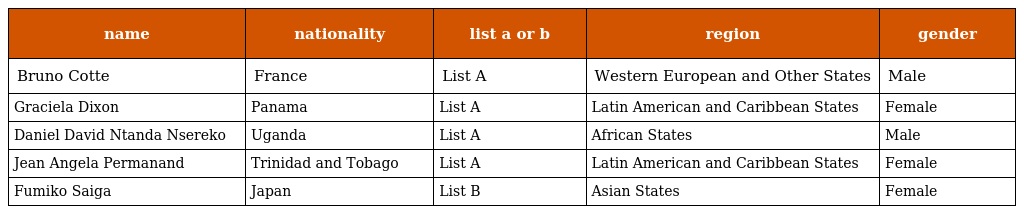
| name | nationality | list a or b | region | gender |
 | --- | --- | --- | --- | --- |
 | Bruno Cotte | France | List A | Western European and Other States | Male |
 | Graciela Dixon | Panama | List A | Latin American and Caribbean States | Female |
 | Daniel David Ntanda Nsereko | Uganda | List A | African States | Male |
 | Jean Angela Permanand | Trinidad and Tobago | List A | Latin American and Caribbean States | Female |
 | Fumiko Saiga | Japan | List B | Asian States | Female |